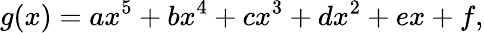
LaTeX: g(x)=ax^{5}+bx^{4}+cx^{3}+dx^{2}+ex+f,